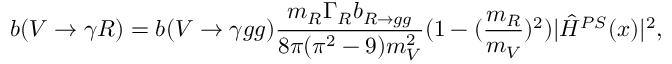
b ( V \rightarrow \gamma R ) = b ( V \rightarrow \gamma g g ) \frac { m _ { R } \Gamma _ { R } b _ { R \rightarrow g g } } { 8 \pi ( \pi ^ { 2 } - 9 ) m _ { V } ^ { 2 } } ( 1 - ( \frac { m _ { R } } { m _ { V } } ) ^ { 2 } ) | { \hat { \cal H } } ^ { P S } ( x ) | ^ { 2 } ,